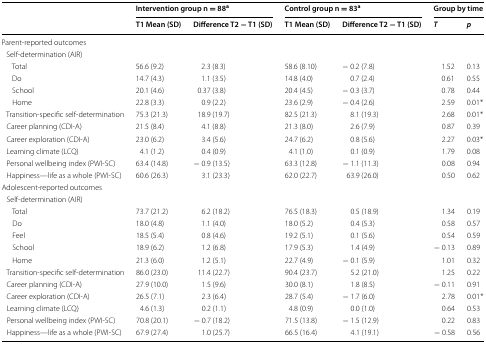
<table><thead><tr><td rowspan="2"></td><td colspan="2"><b>Intervention group n = 88<sup>a</sup></b></td><td colspan="2"><b>Control group n = 83<sup>a</sup></b></td><td colspan="2"><b>Group by time</b></td></tr><tr><td><b>T1 Mean (SD)</b></td><td><b>Difference T2 − T1 (SD)</b></td><td><b>T1 Mean (SD)</b></td><td><b>Difference T2 − T1 (SD)</b></td><td><b><i>T</i></b></td><td><b><i>p</i></b></td></tr></thead><tbody><tr><td colspan="7">Parent-reported outcomes</td></tr><tr><td colspan="7"> Self-determination (AIR)</td></tr><tr><td>Total</td><td>56.6 (9.2)</td><td>2.3 (8.3)</td><td>58.6 (8.10)</td><td>− 0.2 (7.8)</td><td>1.52</td><td>0.13</td></tr><tr><td>Do</td><td>14.7 (4.3)</td><td>1.1 (3.5)</td><td>14.8 (4.0)</td><td>0.7 (2.4)</td><td>0.61</td><td>0.55</td></tr><tr><td>School</td><td>20.1 (4.6)</td><td>0.37 (3.8)</td><td>20.4 (4.5)</td><td>− 0.3 (3.7)</td><td>0.78</td><td>0.44</td></tr><tr><td>Home</td><td>22.8 (3.3)</td><td>0.9 (2.2)</td><td>23.6 (2.9)</td><td>− 0.4 (2.6)</td><td>2.59</td><td>0.01*</td></tr><tr><td> Transition-specific self-determination</td><td>75.3 (21.3)</td><td>18.9 (19.7)</td><td>82.5 (21.3)</td><td>8.1 (19.3)</td><td>2.68</td><td>0.01*</td></tr><tr><td> Career planning (CDI-A)</td><td>21.5 (8.4)</td><td>4.1 (8.8)</td><td>21.3 (8.0)</td><td>2.6 (7.9)</td><td>0.87</td><td>0.39</td></tr><tr><td> Career exploration (CDI-A)</td><td>23.0 (6.2)</td><td>3.4 (5.6)</td><td>24.7 (6.2)</td><td>0.8 (5.6)</td><td>2.27</td><td>0.03*</td></tr><tr><td> Learning climate (LCQ)</td><td>4.1 (1.2)</td><td>0.4 (0.9)</td><td>4.1 (1.0)</td><td>0.1 (0.9)</td><td>1.79</td><td>0.08</td></tr><tr><td> Personal wellbeing index (PWI-SC)</td><td>63.4 (14.8)</td><td>− 0.9 (13.5)</td><td>63.3 (12.8)</td><td>− 1.1 (11.3)</td><td>0.08</td><td>0.94</td></tr><tr><td> Happiness—life as a whole (PWI-SC)</td><td>60.6 (26.3)</td><td>3.1 (23.3)</td><td>62.0 (22.7)</td><td>63.9 (26.0)</td><td>0.50</td><td>0.62</td></tr><tr><td colspan="7">Adolescent-reported outcomes</td></tr><tr><td colspan="7"> Self-determination (AIR)</td></tr><tr><td>Total</td><td>73.7 (21.2)</td><td>6.2 (18.2)</td><td>76.5 (18.3)</td><td>0.5 (18.9)</td><td>1.34</td><td>0.19</td></tr><tr><td>Do</td><td>18.0 (4.8)</td><td>1.1 (4.0)</td><td>18.0 (5.2)</td><td>0.4 (5.3)</td><td>0.58</td><td>0.57</td></tr><tr><td>Feel</td><td>18.5 (5.4)</td><td>0.8 (4.6)</td><td>19.2 (5.1)</td><td>0.1 (5.6)</td><td>0.54</td><td>0.59</td></tr><tr><td>School</td><td>18.9 (6.2)</td><td>1.2 (6.8)</td><td>17.9 (5.3)</td><td>1.4 (4.9)</td><td>− 0.13</td><td>0.89</td></tr><tr><td>Home</td><td>21.3 (6.0)</td><td>1.2 (5.1)</td><td>22.7 (4.9)</td><td>− 0.1 (5.9)</td><td>1.01</td><td>0.32</td></tr><tr><td> Transition-specific self-determination</td><td>86.0 (23.0)</td><td>11.4 (22.7)</td><td>90.4 (23.7)</td><td>5.2 (21.0)</td><td>1.25</td><td>0.22</td></tr><tr><td> Career planning (CDI-A)</td><td>27.9 (10.0)</td><td>1.5 (9.6)</td><td>30.0 (8.1)</td><td>1.8 (8.5)</td><td>− 0.11</td><td>0.91</td></tr><tr><td> Career exploration (CDI-A)</td><td>26.5 (7.1)</td><td>2.3 (6.4)</td><td>28.7 (5.4)</td><td>− 1.7 (6.0)</td><td>2.78</td><td>0.01*</td></tr><tr><td> Learning climate (LCQ)</td><td>4.6 (1.3)</td><td>0.2 (1.1)</td><td>4.8 (0.9)</td><td>0.0 (1.0)</td><td>0.64</td><td>0.53</td></tr><tr><td> Personal wellbeing index (PWI-SC)</td><td>70.8 (20.1)</td><td>− 0.7 (18.2)</td><td>71.5 (13.8)</td><td>− 1.5 (12.9)</td><td>0.22</td><td>0.83</td></tr><tr><td> Happiness—life as a whole (PWI-SC)</td><td>67.9 (27.4)</td><td>1.0 (25.7)</td><td>66.5 (16.4)</td><td>4.1 (19.1)</td><td>− 0.58</td><td>0.56</td></tr></tbody></table>